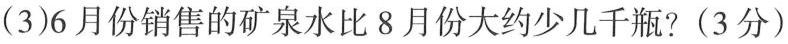
(3)6月份销售的矿泉水比8月份大约少几千瓶?(3分)